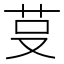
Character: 𰰭